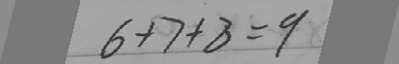
6 + 7 + 8 = 9